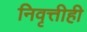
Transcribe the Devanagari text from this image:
निवृत्तीही